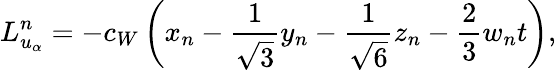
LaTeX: L_{u_{\alpha}}^{n}=-c_{W}\left(x_{n}-\frac{1}{\sqrt 3}y_{n}-\frac{1}{\sqrt 6}z_{n}-\frac{2}{3}w_{n}t\right),